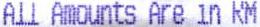
ALL AMOUNTS ARE IN RM